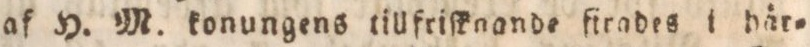
af H. M. konungens tillfriſknande firades i här=